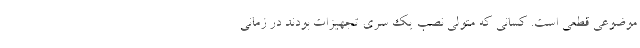
موضوعی قطعی است. کسانی که متولی نصب یک سری تجهیزات بودند در زمانی